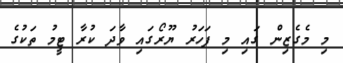
މި މެގެޒިން ގައި މި ފަހަރު ޔޫރޯގައި ވާދަ ކުރާ ޓީމު ތަކުގެ